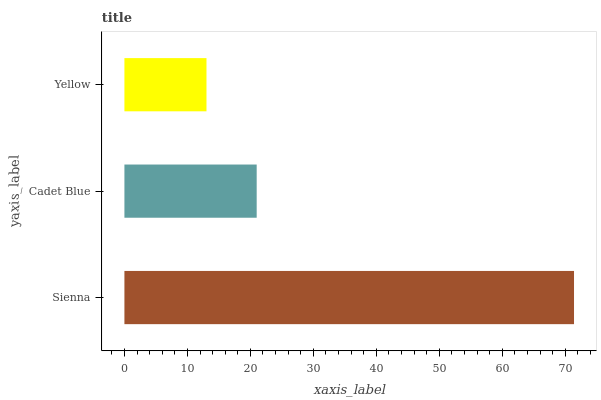
| yaxis_label | bars |
 | --- | --- |
 | Sienna | 71.4 |
 | Cadet Blue | 21 |
 | Yellow | 13 |